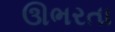
ઊભરતા